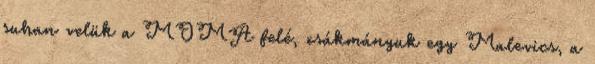
suhan velük a MOMA felé, zsákmányuk egy Malevics, a